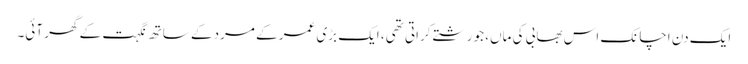
ایک دن اچانک اس بھابی کی ماں، جو رشتے کراتی تھی، ایک بڑی عمر کے مرد کے ساتھ نگہت کے گھر آئی۔